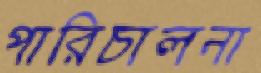
পারিচালনা